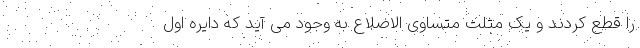
را قطع کردند و یک مثلث متساوی الاضلاع به وجود می آید که دایره اول